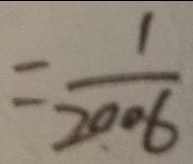
= \frac { 1 } { 2 0 0 6 }